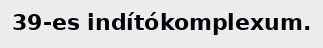
39-es indítókomplexum.